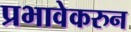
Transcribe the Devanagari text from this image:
प्रभावेकरुन